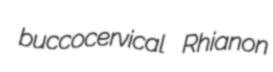
buccocervical Rhianon